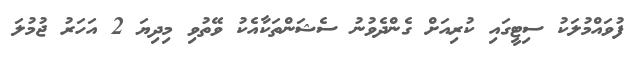
ފުވައްމުލަކު ސިޓީގައި ކުރިއަށް ގެންދެވުނު ސެޝަންތަކާއެކު ވޭތުވި މިދިޔަ 2 އަހަރު ޖުމުލަ